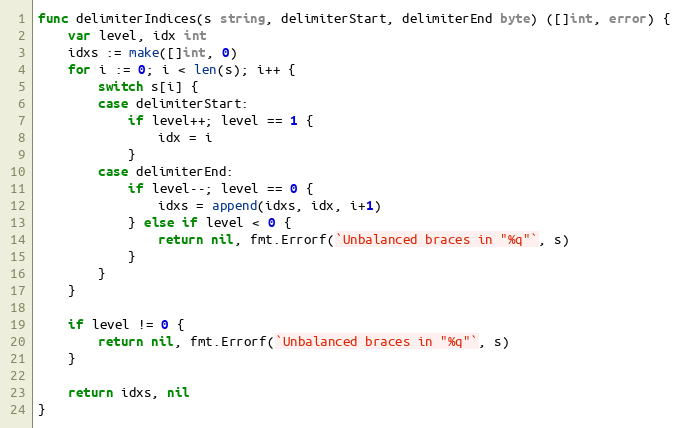
Language: Go
func delimiterIndices(s string, delimiterStart, delimiterEnd byte) ([]int, error) {
	var level, idx int
	idxs := make([]int, 0)
	for i := 0; i < len(s); i++ {
		switch s[i] {
		case delimiterStart:
			if level++; level == 1 {
				idx = i
			}
		case delimiterEnd:
			if level--; level == 0 {
				idxs = append(idxs, idx, i+1)
			} else if level < 0 {
				return nil, fmt.Errorf(`Unbalanced braces in "%q"`, s)
			}
		}
	}

	if level != 0 {
		return nil, fmt.Errorf(`Unbalanced braces in "%q"`, s)
	}

	return idxs, nil
}